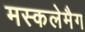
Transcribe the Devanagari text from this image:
मस्कलेमैग